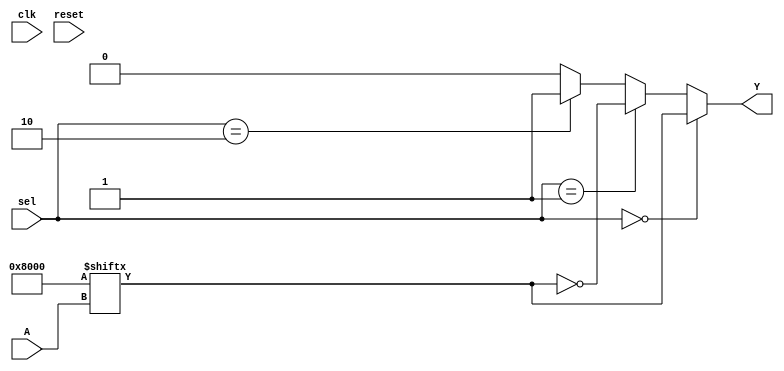
module CLB (
    input wire [3:0] A,       // 4-bit input for LUT
    input wire [1:0] sel,     // 2-bit selector for multiplexer
    input wire clk,           // Clock signal (for flip-flops, if added)
    input wire reset,         // Reset signal
    output wire Y             // Output of the CLB
);

// Look-Up Table (LUT) - 4-input
reg [15:0] lut_memory; // 16 entries for 4-input LUT
wire lut_output;

// Initialize the LUT with a truth table (example: AND function)
initial begin
    lut_memory = 16'b0000000000000000; // Initialize to all 0s
    lut_memory[15] = 1; // Example: A[3] & A[2] & A[1] & A[0]
end

assign lut_output = lut_memory[A]; // LUT output based on input

// Multiplexer
wire mux_output;
assign mux_output = (sel == 2'b00) ? lut_output : 
                    (sel == 2'b01) ? ~lut_output : // Inverted LUT output
                    (sel == 2'b10) ? 1'b1 :        // Constant high
                    1'b0;                          // Constant low

// Output Buffer (simulated)
assign Y = mux_output;

endmodule